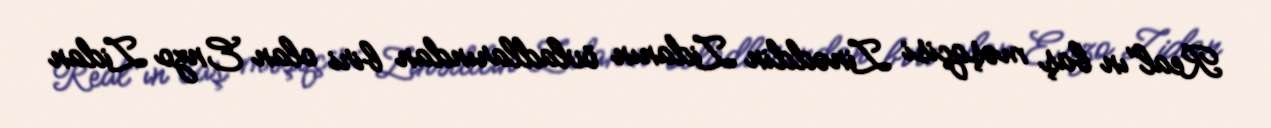
Real"ın baş məşqçisi Zinəddin Zidanın övladlarından biri olan Enzo Zidan